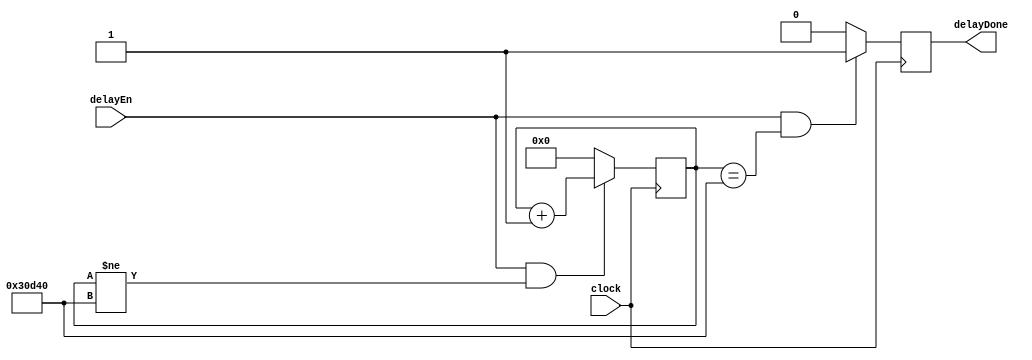
`timescale 1ns / 1ps
//////////////////////////////////////////////////////////////////////////////////
// Company: 
// Engineer: 
// 
// Design Name: 
// Module Name: delayGen
// Project Name: 
// Target Devices: 
// Tool Versions: 
// Description: 
// 
// Dependencies: 
// 
// Revision:
// Revision 0.01 - File Created
// Additional Comments:
// 
//////////////////////////////////////////////////////////////////////////////////


module delayGen(
    input clock,
    input delayEn,
    output reg delayDone
    );
    
reg [17:0] counter;    

always @(posedge clock)
begin
    if(delayEn & counter!=200000)
        counter <= counter+1;
    else
        counter <= 0;
end

always @(posedge clock)
begin
    if(delayEn & counter==200000)
        delayDone <= 1'b1;
    else
        delayDone <= 1'b0;
end
    
endmodule